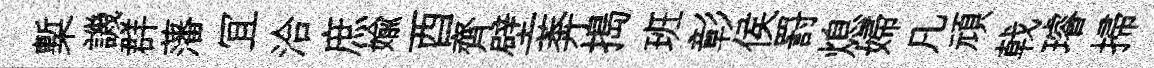
槧譏群藩冝洽庶媮酉齊壁莾搗班彰侯罸熄婦凡頑戟璿掃